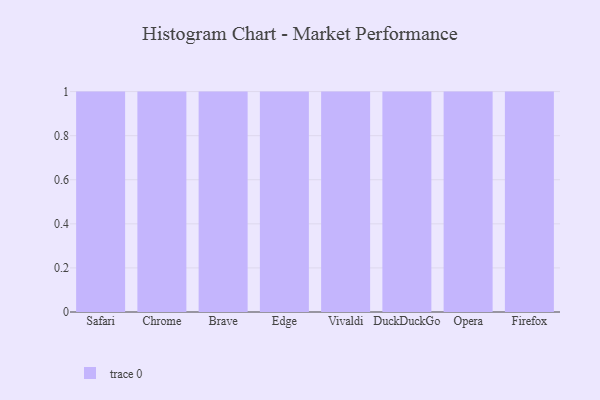
{"axis": {"x": "Browser", "y": "Net Income (USD K)"}, "legend": [""], "data": [{"x": "Safari", "y": 56, "type": ""}, {"x": "Chrome", "y": 9, "type": ""}, {"x": "Brave", "y": 29, "type": ""}, {"x": "Edge", "y": 90, "type": ""}, {"x": "Vivaldi", "y": 87, "type": ""}, {"x": "DuckDuckGo", "y": 1, "type": ""}, {"x": "Opera", "y": 84, "type": ""}, {"x": "Firefox", "y": 12, "type": ""}]}